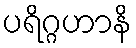
ပရိဂ္ဂဟာနိ